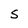
Character: S